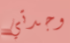
وجدتي